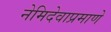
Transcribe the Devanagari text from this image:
नेमिदेवाप्रमाणे